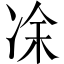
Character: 凃